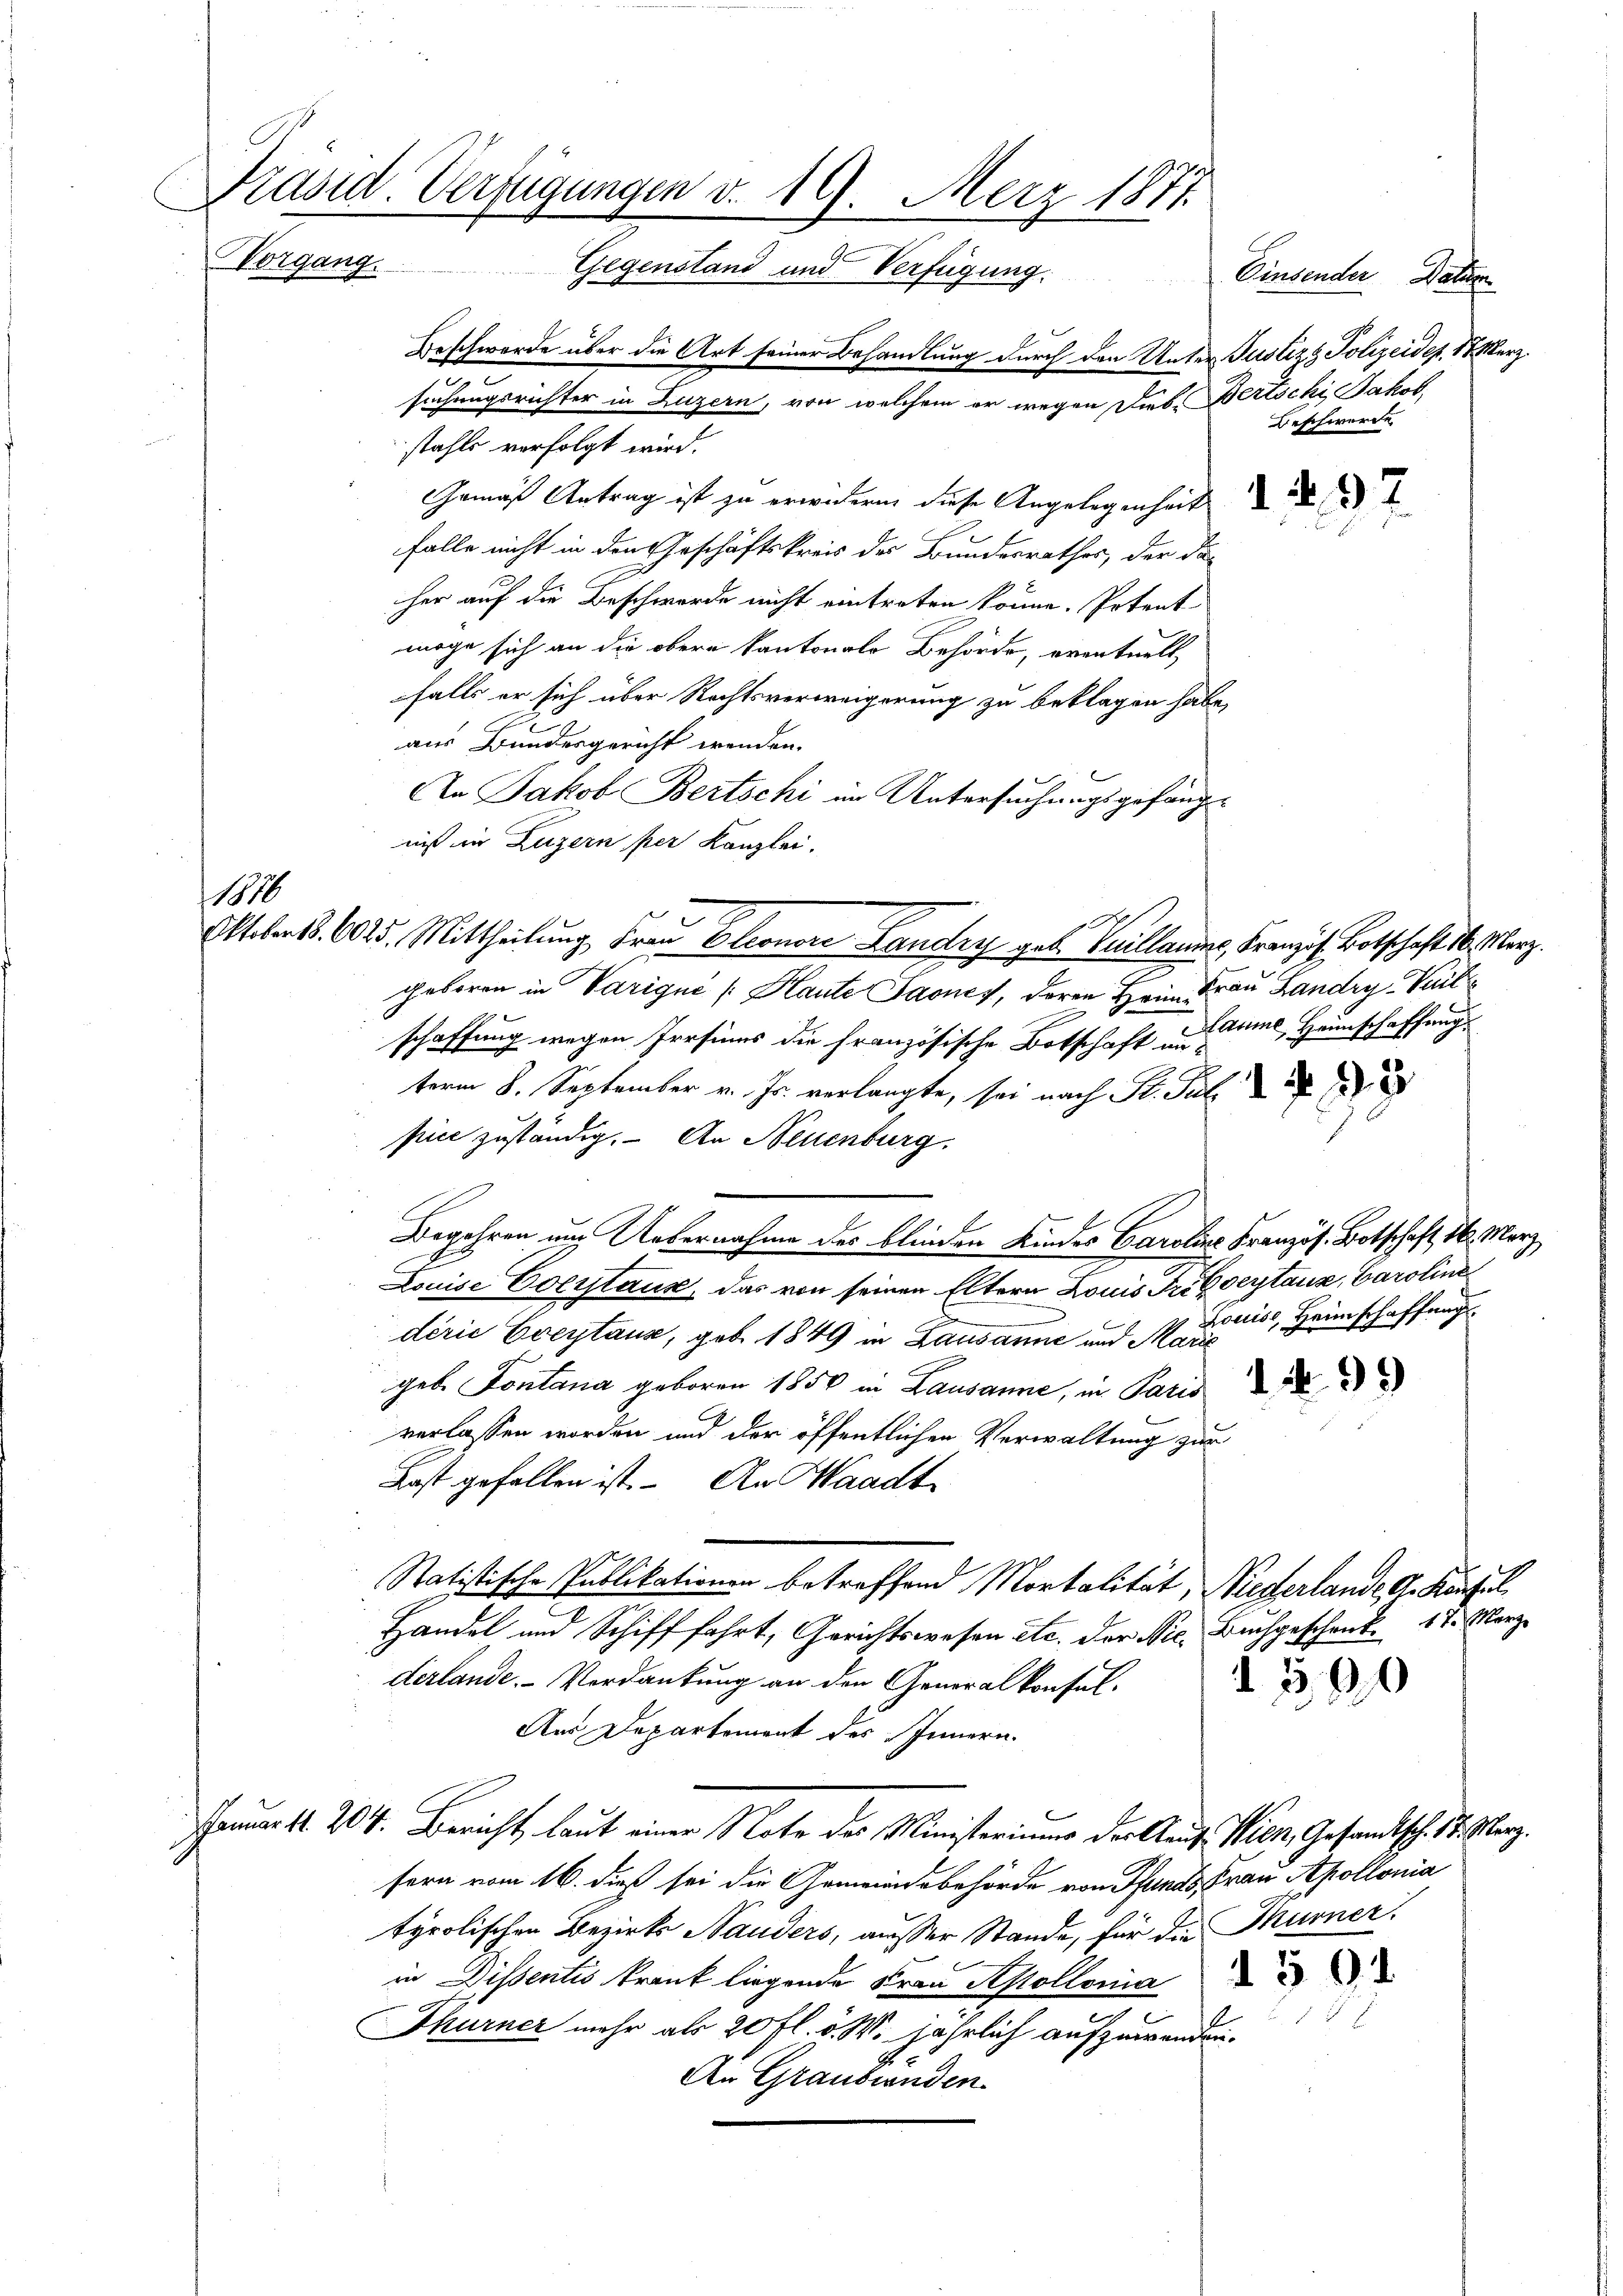
Präsid. Verfügungen v. 19. Merz 1871.
e
Vorgang.
Gegenstand und Verfügung
Beschwerde über die Art seiner Behandlung durch den Unter Justiz & Polizeider, 18 Merz

1870

suchungsrichter in Luzern, von welchem er wegen Dieb. Bertschi Jakob
stahls verfolgt wird.
Gemäß Antrag ist zu erwidern, diese Angelegenheits ad
falle nicht in den Geschäftskreis des Bundesrathes, der da
her auf die Beschwerde nicht eintreten könne. Petent
möge sich an die obern kantonale Behörde, eventuell
falls er sich über Rechtsverweigerung zu beklagen habe,
aus Bundesgericht wenden.
b
An Jakob Bertschi im Untersuchungsgefängniß in Luzern per Kanzlei.
geboren in Varigné (Haute Saanes, deren Heim Frau Landry Part
schaffung wegen Persinns die Französische Botschaft nahme, Heimschaffung
term 8. September v. Js. verlangte, sei nach St. Jul.
pin zuständig. An Neuenburg.
Begehren um Uebernahme des blinden Kindes Caroline Französ. Botschaft 26. März
.
Louise Polytaux, das von seinen Eltern Louis Friboeytause, Caroline
Louise, Heimschaffung
derie Eventaus, gob. 1849 in Lausanne und Marie
geb Fontana geboren 1850 in Lausanne, in Paris
verlassen worden und der öffentlichen Verwaltung zur
Last gefallen ist. – An Waadt
Statistische Publikationen betreffend Mortalität, Niederlande d. Kaufel
Handel und Schifffahrt, Gerichtswesen etc. der Dec. Buchgeschenk. 17. März
derlande Verdankung an den Generalkonfel¬
1390
Aus Departement des Innern.
Januar 14. 204. Bericht, laut einer Note des Ministeriums der Kauf Wien, Gesandtsch. 18. März.
sern vom 16. dieß sei die Gemeindebehörde von Pfands, Frau Apollonia
tyrolischen Bezirks Bauders, ausser Stande, für die Turner
in Dissentis krank liegende Frau Apollonia
.
Thurner mehr als 20 fl. v. W. jährlich aufzuwenden.
An Graubwürden.

Oktober 1. 6025. Mittheilung Frau Eleonore Landry geb. Guillaume, Franzis Botschaft 16. Merz.

Einsender Datum
Beschwerde